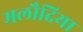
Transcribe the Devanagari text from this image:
मलौदिया